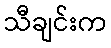
သီချင်းက